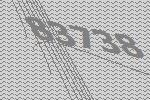
83738